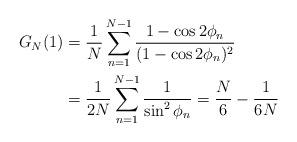
LaTeX: \begin{align*}G_N(1)&=\frac{1}{N}\sum^{N-1}_{n=1}\frac{1-\cos2\phi_n}{(1-\cos2\phi_n)^2}\\&=\frac{1}{2N}\sum^{N-1}_{n=1}\frac{1}{\sin^2 \phi_n}=\frac{N}{6}-\frac{1}{6 N}\end{align*}